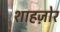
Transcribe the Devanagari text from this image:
शाहज़ोर